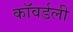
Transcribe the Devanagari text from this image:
कॉवर्डली